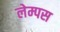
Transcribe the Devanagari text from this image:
लेम्पस